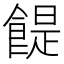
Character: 𩝊